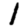
Digit: 1